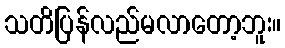
သတိပြန်လည်မလာတော့ဘူး။